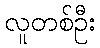
လူတစ်ဦး